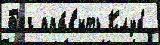
Б'ег пра́в'ить Клуб